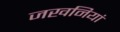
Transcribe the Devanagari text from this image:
जखनियां